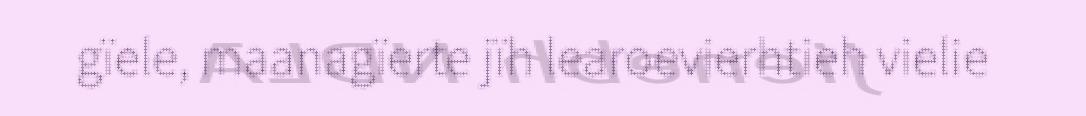
gïele, maanagïerte jïh learoevierhtieh vielie